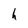
Character: h